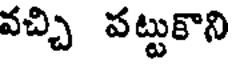
వచ్చి పట్టుకొని